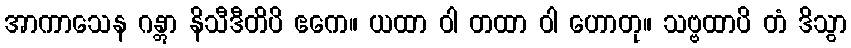
အာကာသေန ဂန္တွာ နိသီဒီတိပိ ဧကေ။ ယထာ ဝါ တထာ ဝါ ဟောတု။ သဗ္ဗထာပိ တံ ဒိသွာ